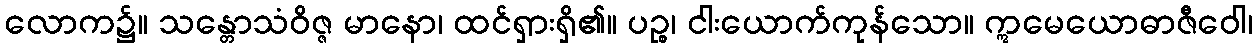
လောက၌။ သန္တောသံဝိဇ္ဇ မာနော၊ ထင်ရှားရှိ၏။ ပဉ္စ၊ ငါးယောက်ကုန်သော။ ဣမေယောဓာဇီဝေါ၊